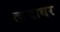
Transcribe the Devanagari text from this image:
त्वचाधर